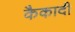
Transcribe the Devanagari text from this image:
कैकादी